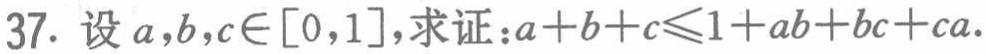
37. 设 \(a,b,c\in[0,1]\)，求证：\(a + b + c\leqslant1 + ab+bc + ca\).